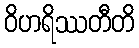
ဝိဟရိဿတီတိ